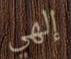
إلهي